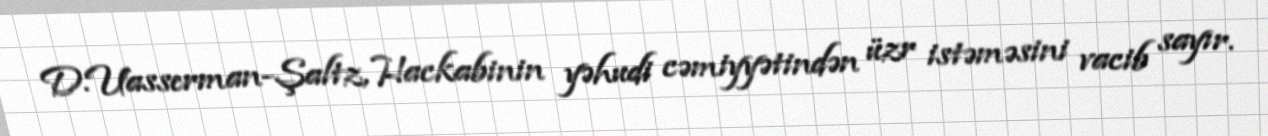
D.Uasserman-Şaltz, Hackabinin yəhudi cəmiyyətindən üzr istəməsini vacib sayır.